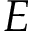
E